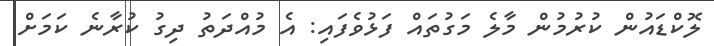
ލޮކްޑައުން ކުރުމުން މާލެ މަގުތައް ފަޅުވެފައި: އެ މުއްދަތު ދިގު ކުރާނެ ކަމަށް